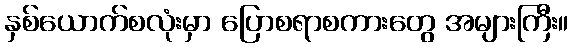
နှစ်ယောက်စလုံးမှာ ပြောစရာစကားတွေ အများကြီး။